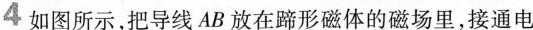
4如图所示，把导线AB放在蹄形磁体的磁场里，接通电